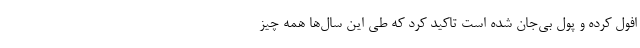
افول کرده و پول بی‌جان شده است تاکید کرد که طی این سال‌ها همه چیز